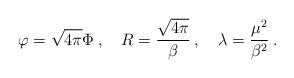
LaTeX: \begin{align*}\varphi =\sqrt{4\pi }\Phi \: ,\quad R=\displaystyle\frac{\sqrt{4\pi }}{\beta }\: ,\quad \lambda =\displaystyle\frac{\mu ^{2}}{\beta ^{2}}\: .\end{align*}